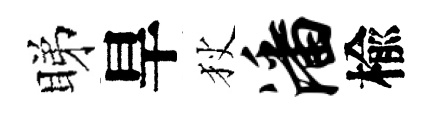
睇旱狄潘楡